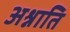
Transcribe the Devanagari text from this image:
अश्नाति